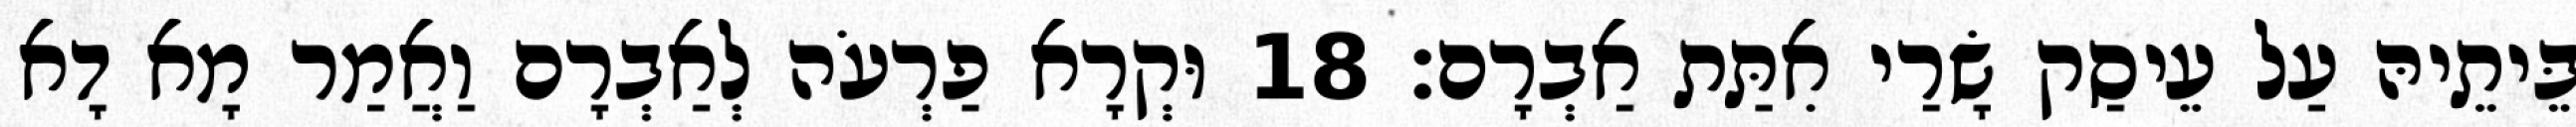
בֵּיתֵיהּ עַל עֵיסַק שָׂרַי אִתַּת אַבְרָם׃ 18 וּקְרָא פַרְעֹה לְאַבְרָם וַאֲמַר מָא דָא